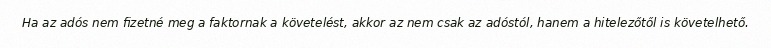
Ha az adós nem fizetné meg a faktornak a követelést, akkor az nem csak az adóstól, hanem a hitelezőtől is követelhető.